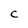
Character: C